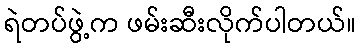
ရဲတပ်ဖွဲ့က ဖမ်းဆီးလိုက်ပါတယ်။